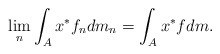
\begin{align*} \lim_n \int_{A}x^* f_ndm_n = \int_{A}x^*fdm. \end{align*}